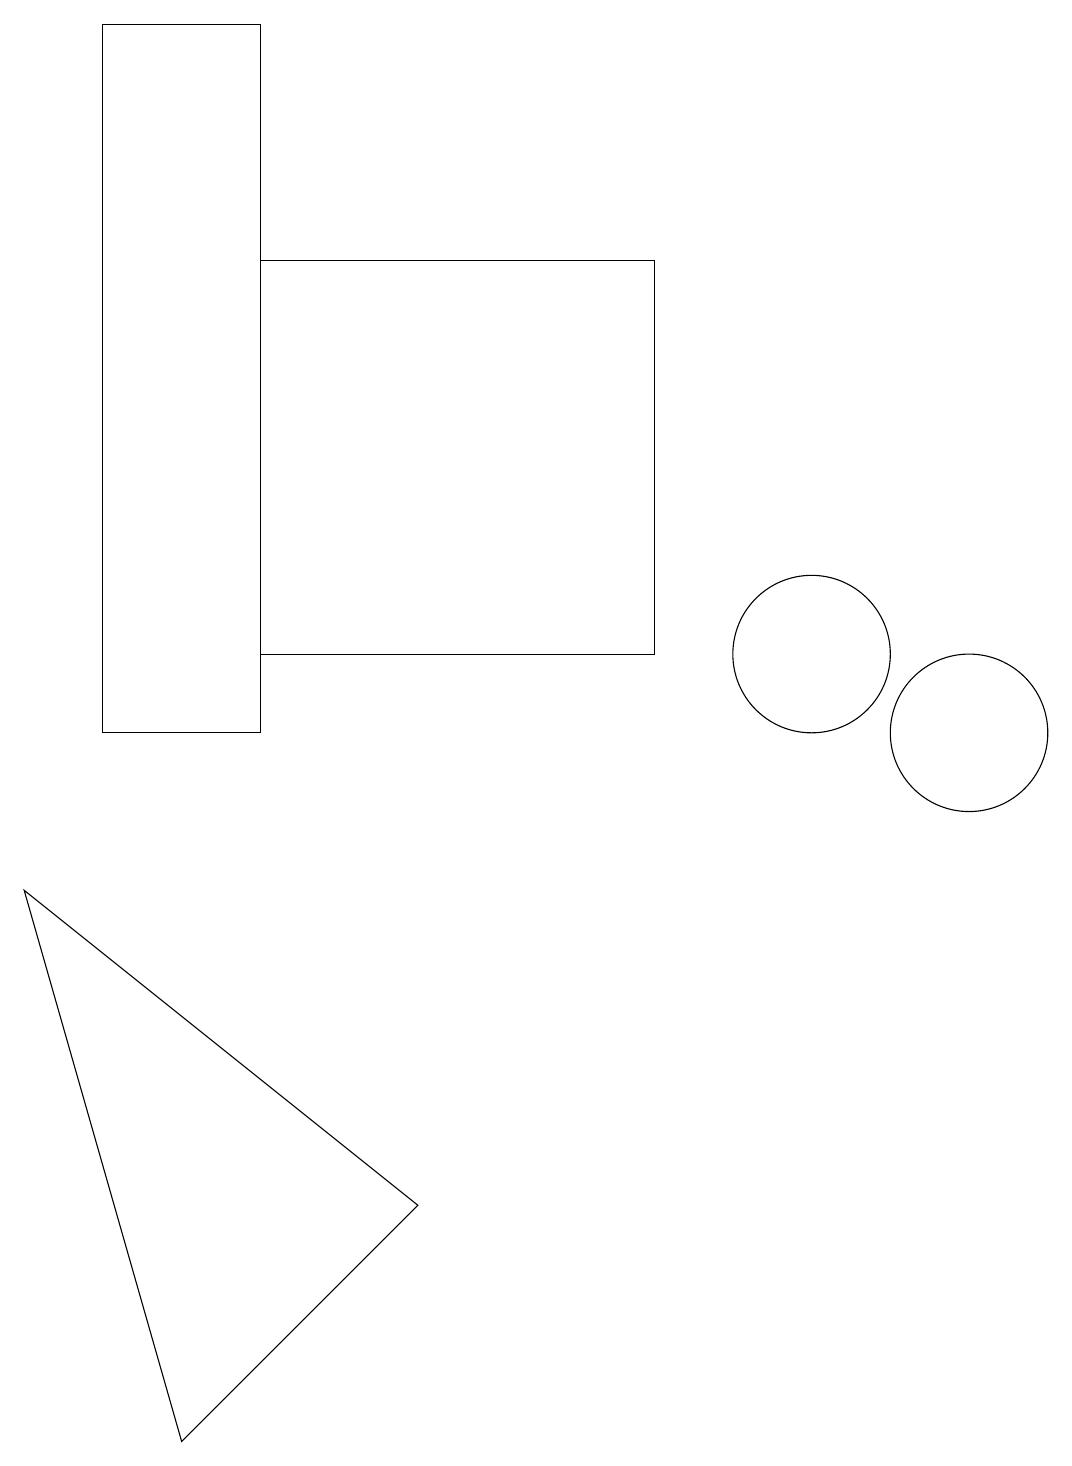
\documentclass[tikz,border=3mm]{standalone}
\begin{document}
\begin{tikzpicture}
\draw (3,10) rectangle (1,19);
\draw (10,11) circle (1);
\draw (12,10) circle (1);
\draw (5,4) -- (0,8) -- (2,1) -- cycle;
\draw (3,11) rectangle (8,16);
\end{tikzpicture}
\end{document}